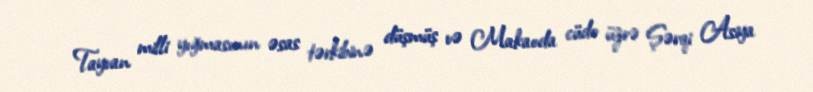
Tayvan milli yığmasının əsas tərkibinə düşmüş və Makaoda cüdo üzrə Şərqi Asiya